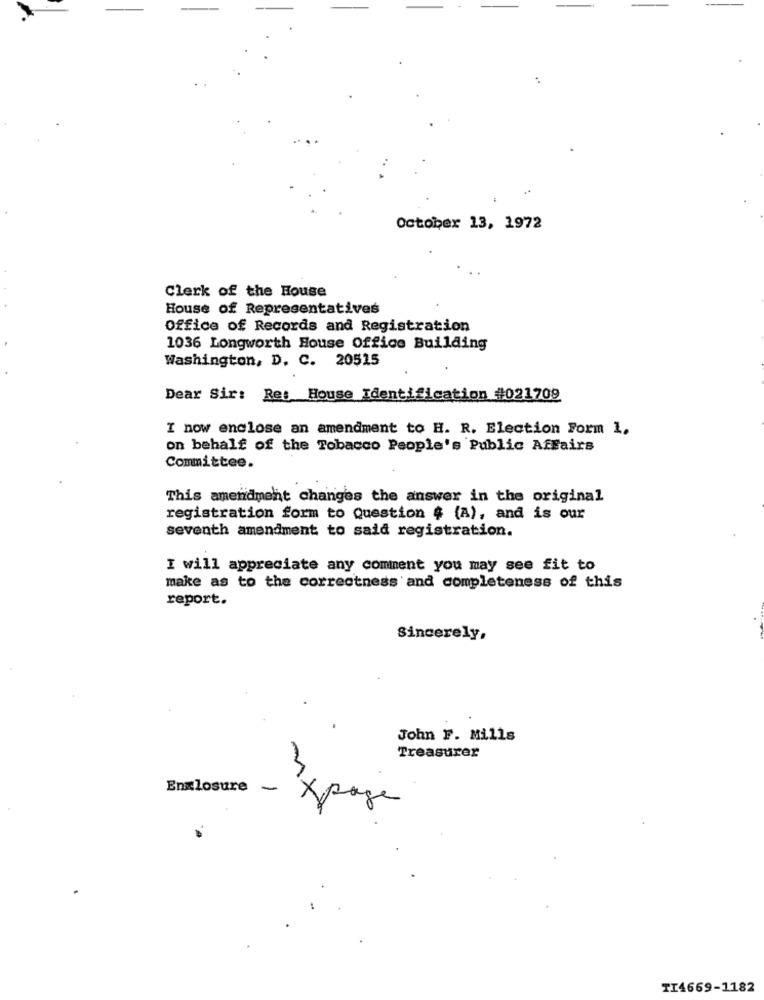
October 13, 1972
Clerk of the House
House of Representatives
Office of Records and Registration
1036 Longworth House Office Building
Washington, D. C. 20515
Dear Sir: Re: House Identification #021709
I now enclose an amendment to H. R. Election Form 1.
on behalf of the Tobacco People's Public Affairs
Committee.
This amendment changes the answer in the original
registration form to Question $ (A), and is our
seventh amendment to said registration.
I will appreciate any comment you may see fit to
make as to the correctness and completeness of this
report.
Sincerely,
John F. Mills
Treasurer
Enclosure -
Xpage
TI4669-1182